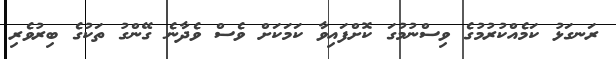
ރަނގަޅު ކަމެއްކުރުމުގެ ވިސްނުމުގަ ކޮށްފައިވާ ކަމަކަށް ވެސް ވެދާނެ ގޭންގު ތަކުގެ ބިރުވެރި